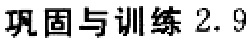
巩固与训练 2.9